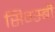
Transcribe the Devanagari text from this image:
सिग्स्बी